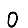
Digit: 0